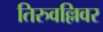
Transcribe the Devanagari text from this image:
तिरुवल्लिवर